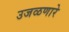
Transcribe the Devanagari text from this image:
उजळणारे